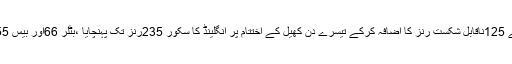
بٹلر اور بیس نے ساتویں وکٹ کیلئے 125ناقابل شکست رنز کا اضافہ کرکے تیسرے دن کھیل کے اختتام پر انگلینڈ کا سکور 235رنز تک پہنچایا ،بٹلر 66اور بیس 55رنز کے ساتھ کریز پر موجود ہیں۔